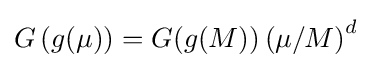
G\left(g(\mu )\right)=G(g(M))\left({\mu }/{M}\right)^{d}